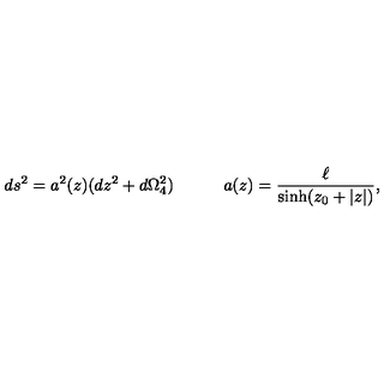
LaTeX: d s ^ { 2 } = a ^ { 2 } ( z ) ( d z ^ { 2 } + d \Omega _ { 4 } ^ { 2 } ) \quad \qquad a ( z ) = \frac { \ell } { \sinh ( z _ { 0 } + | z | ) } ,